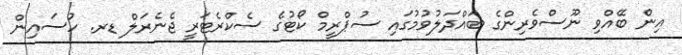
އިން ބޭއްވި ނޫސްވެރިންގެ ބައްދަލުވުމުގައި ސުޕްރީމް ކޯޓުގެ ސެކްރެޓަރީ ޖެނެރަލް ޑރ. ހުސައިން